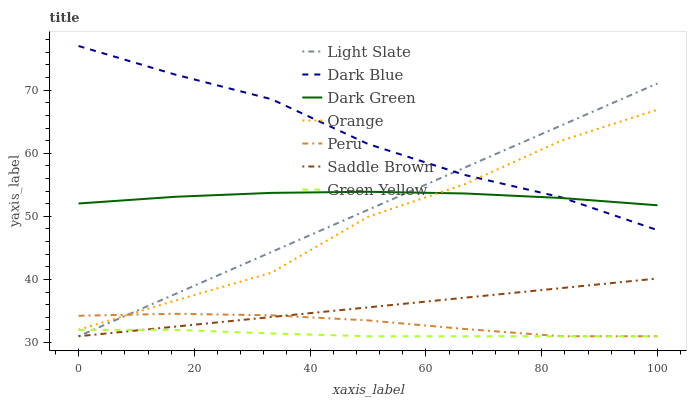
| xaxis_label | Light Slate | Dark Blue | Dark Green | Orange | Peru | Saddle Brown | Green Yellow |
 | --- | --- | --- | --- | --- | --- | --- | --- |
 | 0 | 31 | 77 | 52 | 32 | 34.2 | 31 | 32 |
 | 16.7 | 37.7 | 72.5 | 53.1 | 36.6 | 34.6 | 32.5 | 32 |
 | 33.3 | 44.4 | 68.6 | 53.7 | 41.1 | 34.3 | 34.1 | 31.4 |
 | 50 | 51 | 61.5 | 53.9 | 49.9 | 33.5 | 35.6 | 31 |
 | 66.7 | 57.7 | 56.6 | 53.6 | 55.1 | 32.2 | 37.1 | 31 |
 | 83.3 | 64.4 | 53 | 52.9 | 62 | 31 | 38.6 | 31 |
 | 100 | 71.1 | 47.8 | 51.8 | 66.9 | 31 | 40.2 | 31 |